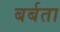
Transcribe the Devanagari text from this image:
बर्बता